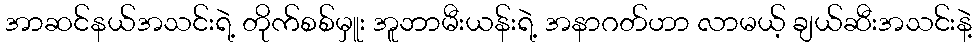
အာဆင်နယ်အသင်းရဲ့ တိုက်စစ်မှူး အူဘာမီးယန်းရဲ့ အနာဂတ်ဟာ လာမယ့် ချယ်ဆီးအသင်းနဲ့